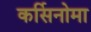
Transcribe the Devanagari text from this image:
कर्सिनोमा